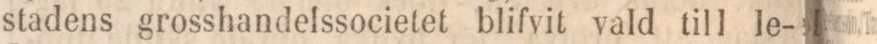
stadens grosshandelssocietet blifvit vald till le-